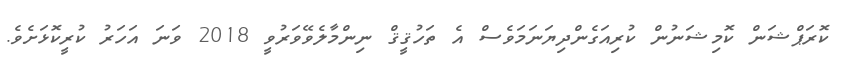
ކޮރަޕްޝަން ކޮމިޝަނުން ކުރިއަގެންދިޔަނަމަވެސް އެ ތަހުޤީޤް ނިންމާލެވޭވަރުވީ 2018 ވަނަ އަހަރު ކުރީކޮޅަށެވެ.